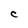
Character: C